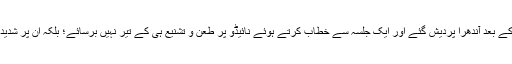
گزشتہ روز مودی جی پہلی بار چندر بابو نائیڈو کے این ڈی اے سے علاحدہ ہونے کے بعد آندھرا پردیش گئے اور ایک جلسہ سے خطاب کرتے ہوئے نائیڈو پر طعن و تشنیع ہی کے تیر نہیں برسائے؛ بلکہ ان پر شدید قسم کے الزامات عائد کرتے ہوئے کہا کہ چندر بابو نائیڈو این لوکیش کے باپ ہیں۔